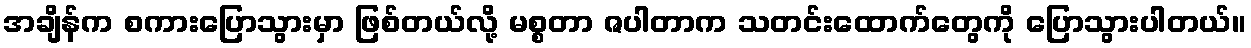
အချိန်က စကားပြောသွားမှာ ဖြစ်တယ်လို့ မစ္စတာ ဇပါတာက သတင်းထောက်တွေကို ပြောသွားပါတယ်။